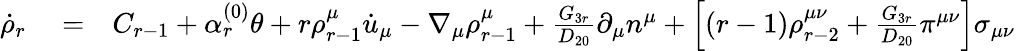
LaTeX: \begin{array}{rlr}{\dot{\rho}_{r}}&{{}=}&{C_{r-1}+\alpha_{r}^{(0)}\theta+r\rho_{r-1}^{\mu}\dot{u}_{\mu}-\nabla_{\mu}\rho_{r-1}^{\mu}+\frac{G_{3r}}{D_{20}}\partial_{\mu}n^{\mu}+\left[(r-1)\rho_{r-2}^{\mu\nu}+\frac{G_{3r}}{D_{20}}\pi^{\mu\nu}\right]\sigma_{\mu\nu}}\end{array}